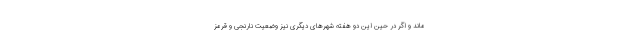
ماند و اگر در حین این دو هفته شهرهای دیگری نیز وضعیت نارنجی و قرمز